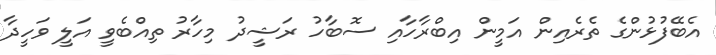
އެބޭފުޅުންގެ ތެރެއިން އަމީން އިބްރާހާއި ސޮބާހު ރަޝީދު މިހާރު ތިއްބެވީ އަލީ ވަހީދާ